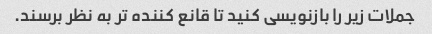
جملات زیر را بازنویسی کنید تا قانع کننده تر به نظر برسند.